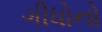
ગીધોનો